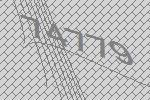
74779